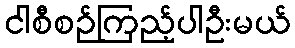
ငါစီစဉ်ကြည့်ပါဦးမယ်